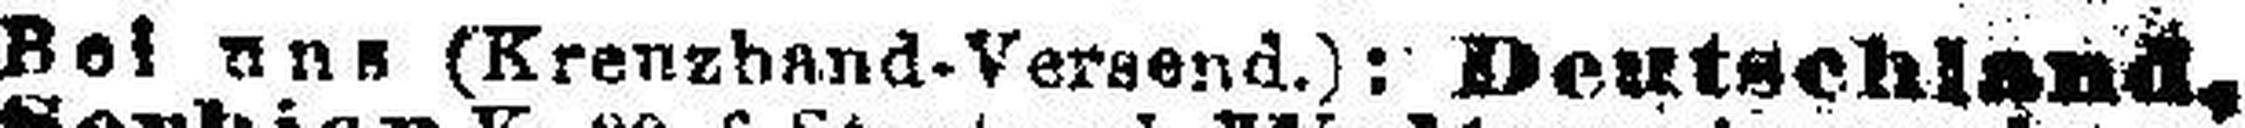
Bei uns (Krenzband-Versend.): Deutschland,